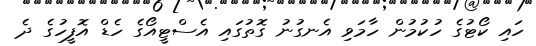
ހައި ކޯޓުގެ ހުކުމުން ހާމަވި އެނގުނު ގޮތުގައި އެސްޓީއޯގެ ހެޑް އޮފީހުގެ ދެ